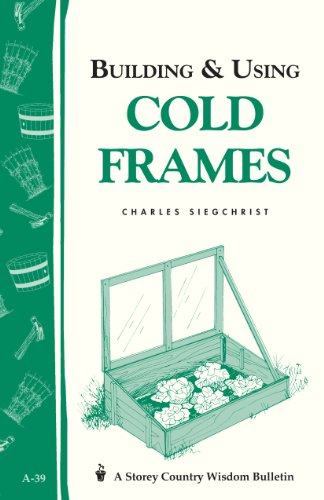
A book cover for Building & Using Cold Frames: Garden Way Publishing Bulletin A-39; Charles Siegchrist; Crafts, Hobbies & Home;